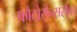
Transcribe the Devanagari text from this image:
फोटोसेन्सर्सचा